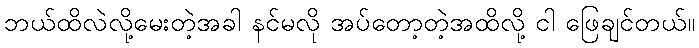
ဘယ်ထိလဲလို့မေးတဲ့အခါ နင်မလို အပ်တော့တဲ့အထိလို့ ငါ ဖြေချင်တယ်။